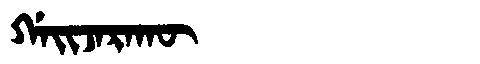
Manchu: ᡤᠠᡳᠵᠠᡵᠠᡴᡡ
Romanization: GAIJARAKŪ